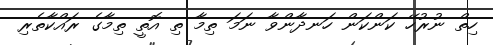
ހިތް ނުރުހޭ ކަންކަން ހަނދާންވާ ނަމަ ތިމާ ތި އޮތީ ތިމާގެ ރައްކާތެރި